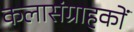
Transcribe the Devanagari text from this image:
कलासंग्राहकों